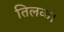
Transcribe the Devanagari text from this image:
तिलक।